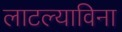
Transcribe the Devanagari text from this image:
लाटल्याविना